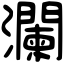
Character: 瀾